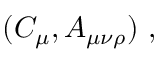
( C _ { \mu } , A _ { \mu \nu \rho } ) \ ,